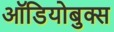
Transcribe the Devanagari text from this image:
ऑडियोबुक्स